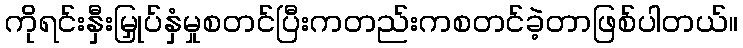
ကိုရင်းနှီးမြှုပ်နှံမှုစတင်ပြီးကတည်းကစတင်ခဲ့တာဖြစ်ပါတယ်။